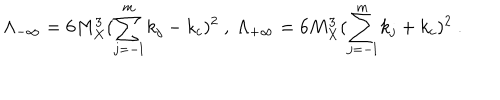
\Lambda _ { - \infty } = 6 M _ { X } ^ { 3 } ( \sum _ { j = - l } ^ { m } k _ { j } - k _ { c } ) ^ { 2 } ~ , ~ \Lambda _ { + \infty } = 6 M _ { X } ^ { 3 } ( \sum _ { j = - l } ^ { m } k _ { j } + k _ { c } ) ^ { 2 } ~ . ~ \,